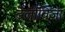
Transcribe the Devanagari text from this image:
टेलीविजा